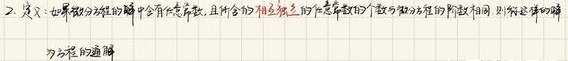
2. 定义: 如果微分方程的解中含有任意常数, 且所含的相互独立的任意常数的个数与微分方程的阶数相同, 则称这样的解为方程的通解.